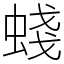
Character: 䗃